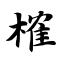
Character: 榷